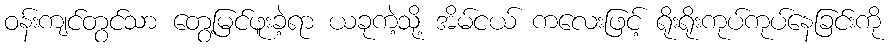
ဝန်းကျင်တွင်သာ တွေ့မြင်ဖူးခဲ့ရာ ယခုကဲ့သို့ အိမ်ငယ် ကလေးဖြင့် ရိုးရိုးကုပ်ကုပ်နေခြင်းကို